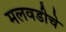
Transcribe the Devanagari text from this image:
मलवडीचे